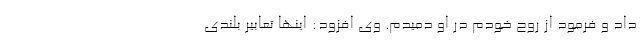
داد و فرمود از روح خودم در او دمیدم. وی افزود: اینها تعابیر بلندی